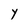
Character: Y